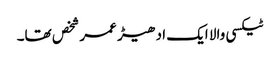
ٹیکسی والا ایک ادھیڑ عمر شخص تھا۔